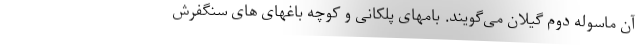
آن ماسوله دوم گیلان می‌گویند. بامهای پلکانی و کوچه باغهای های سنگفرش